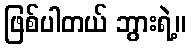
ဖြစ်ပါတယ် ဘွားရဲ့။